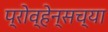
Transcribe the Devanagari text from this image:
प्रोव्हेन्सच्या